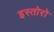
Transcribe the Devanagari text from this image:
इस्तोरो